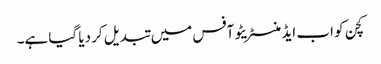
کچن کو اب ایڈمنسٹریٹو آفس میں تبدیل کر دیا گیا ہے۔